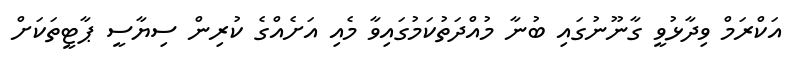
އަކްރަމް ވިދާޅުވީ ގާނޫނުގައި ބުނާ މުއްދަތުކަމުގައިވާ މެއި އަށެއްގެ ކުރިން ސިޔާސީ ޕާޓީތަކަށް